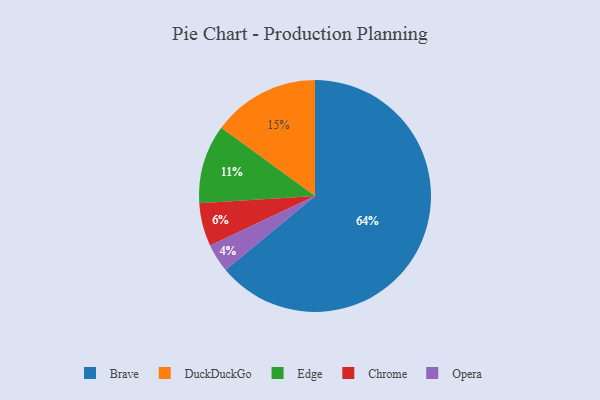
{"axis": {"x": "Category", "y": "Percentage"}, "legend": ["Brave", "Chrome", "DuckDuckGo", "Edge", "Opera"], "data": [{"x": "Opera", "y": 4, "type": "Opera"}, {"x": "Brave", "y": 64, "type": "Brave"}, {"x": "Chrome", "y": 6, "type": "Chrome"}, {"x": "Edge", "y": 11, "type": "Edge"}, {"x": "DuckDuckGo", "y": 15, "type": "DuckDuckGo"}]}